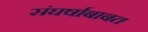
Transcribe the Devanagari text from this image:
संघर्षाबाबत